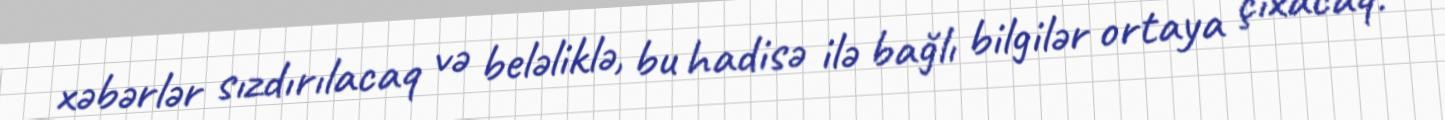
xəbərlər sızdırılacaq və beləliklə, bu hadisə ilə bağlı bilgilər ortaya çıxacaq.